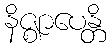
နိဇ္ဈာပေန္တိ